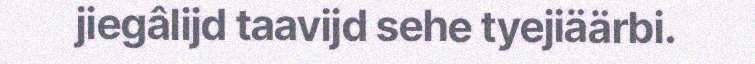
jiegâlijd taavijd sehe tyejiäärbi.